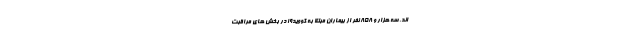
اند. سه هزار و ۸۵۸ نفر از بیماران مبتلا به کووید۱۹ در بخش های مراقبت